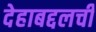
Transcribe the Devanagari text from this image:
देहाबद्दलची